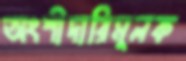
অংশীদারিমূলক